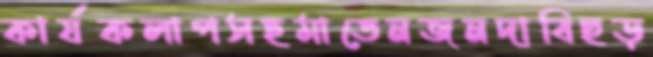
কার্যকলাপসহমাতেনজনদাবিছড়